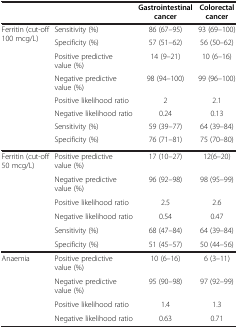
|  |  | Gastrointestinal cancer | Colorectal cancer |
 | --- | --- | --- | --- |
 | Ferritin (cut-off 100 mcg/L) | Sensitivity (%) | 86 (67–95) | 93 (69–100) |
 |  | Specificity (%) | 57 (51–62) | 56 (50–62) |
 |  | Positive predictive value (%) | 14 (9–21) | 10 (6–16) |
 |  | Negative predictive value (%) | 98 (94–100) | 99 (96–100) |
 |  | Positive likelihood ratio | 2 | 2.1 |
 |  | Negative likelihood ratio | 0.24 | 0.13 |
 |  | Sensitivity (%) | 59 (39–77) | 64 (39–84) |
 |  | Specificity (%) | 76 (71–81) | 75 (70–80) |
 | Ferritin (cut-off 50 mcg/L) | Positive predictive value (%) | 17 (10–27) | 12(6–20) |
 |  | Negative predictive value (%) | 96 (92–98) | 98 (95–99) |
 |  | Positive likelihood ratio | 2.5 | 2.6 |
 |  | Negative likelihood ratio | 0.54 | 0.47 |
 |  | Sensitivity (%) | 68 (47–84) | 64 (39–84) |
 |  | Specificity (%) | 51 (45–57) | 50 (44–56) |
 | Anaemia | Positive predictive value (%) | 10 (6–16) | 6 (3–11) |
 |  | Negative predictive value (%) | 95 (90–98) | 97 (92–99) |
 |  | Positive likelihood ratio | 1.4 | 1.3 |
 |  | Negative likelihood ratio | 0.63 | 0.71 |